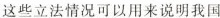
这些立法情况可以用来说明我国